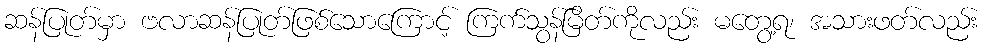
ဆန်ပြုတ်မှာ ဗလာဆန်ပြုတ်ဖြစ်သောကြောင့် ကြက်သွန်မြိတ်ကိုလည်း မတွေ့ရ၊ အသားဖတ်လည်း